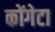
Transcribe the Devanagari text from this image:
कोंगेटा